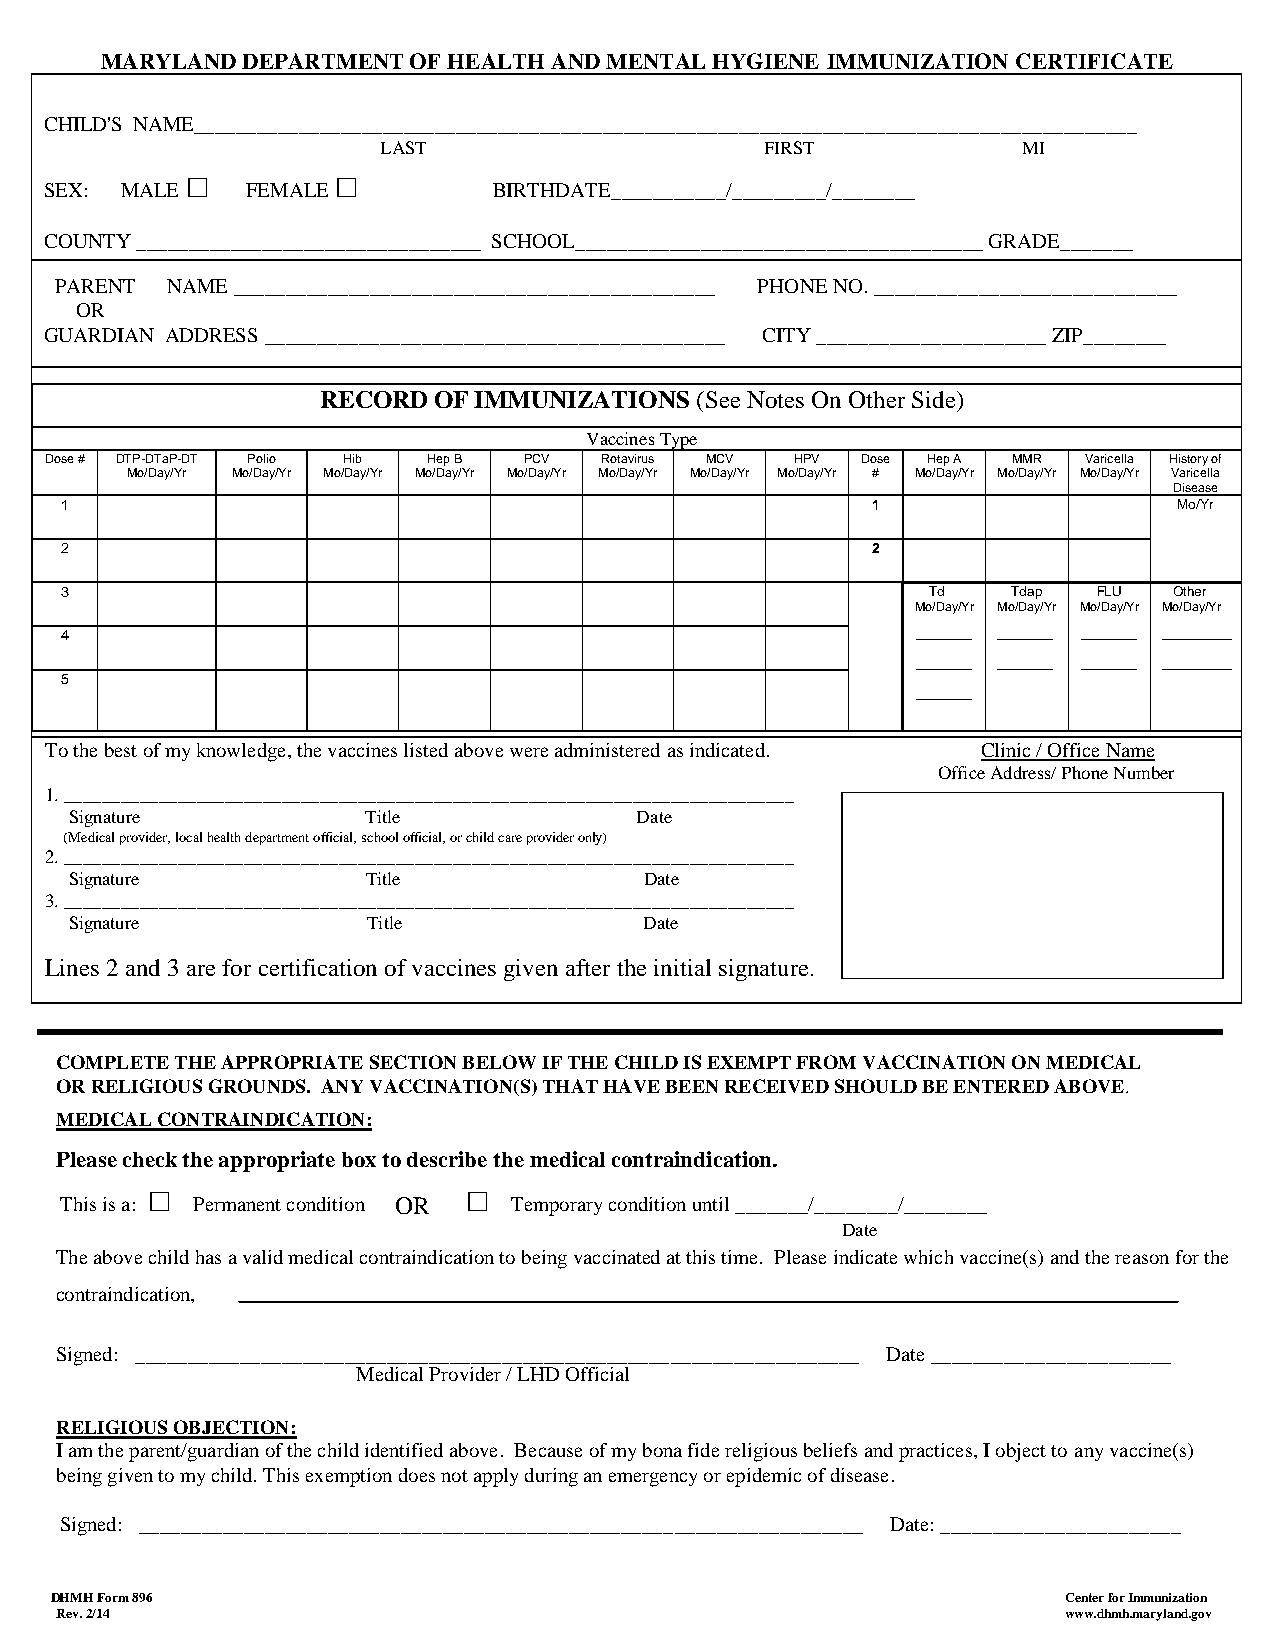
MARYLAND DEPARTMENT OF HEALTH AND MENTAL HYGIENE IMMUNIZATION CERTIFICATE
 CHILD'S NAME__________________________________________________________________________________________
 LAST                      FIRST            MI
 □         □
 SEX: MALE    FEMALE           BIRTHDATE___________/_________/________
 COUNTY _________________________________ SCHOOL_______________________________________ GRADE_______
 PARENT NAME ______________________________________________ PHONE NO. _____________________________
 OR
 GUARDIAN ADDRESS ____________________________________________ CITY ______________________ ZIP________
 RECORD  OF IMMUNIZATIONS (See Notes On Other Side)
 Vaccines Type
 Dose # DTP-DTaP-DT Polio Hib Hep B PCV Rotavirus MCV HPV Dose Hep A MMR Varicella History of
 Mo/Day/Yr Mo/Day/Yr Mo/Day/Yr Mo/Day/Yr Mo/Day/Yr Mo/Day/Yr Mo/Day/Yr Mo/Day/Yr # Mo/Day/Yr Mo/Day/Yr Mo/Day/Yr Varicella
 Disease
 1                                                     1                   Mo/Yr
 2                                                     2
 3                                                         Td   Tdap  FLU  Other
 Mo/Day/Yr Mo/Day/Yr Mo/Day/Yr Mo/Day/Yr
 ____ ____  ____ _____
 4
 ____ ____  ____ _____
 5                                                        ____
 To the best of my knowledge, the vaccines listed above were administered as indicated. Clinic / Office Name
 Office Address/ Phone Number
 1. _____________________________________________________________________________
 Signature          Title             Date
 (Medical provider, local health department official, school official, or child care provider only)
 2. _____________________________________________________________________________
 Signature          Title              Date
 3. _____________________________________________________________________________
 Signature          Title              Date
 Lines 2 and 3 are for certification of vaccines given after the initial signature.
 COMPLETE THE APPROPRIATE SECTION BELOW IF THE CHILD IS EXEMPT FROM VACCINATION ON MEDICAL
 OR RELIGIOUS GROUNDS. ANY VACCINATION(S) THAT HAVE BEEN RECEIVED SHOULD BE ENTERED ABOVE.
 MEDICAL CONTRAINDICATION:
 Please check the appropriate box to describe the medical contraindication.
 □                    □
 This is a: Permanent condition O R Temporary condition until _______/________/________
 Date
 The above child has a valid medical contraindication to being vaccinated at this time. Please indicate which vaccine(s) and the reason for the
 contraindication,
 Signed: _____________________________________________________________________ Date _______________________
 Medical Provider / LHD Official
 RELIGIOUS OBJECTION:
 I am the parent/guardian of the child identified above. Because of my bona fide religious beliefs and practices, I object to any vaccine(s)
 being given to my child. This exemption does not apply during an emergency or epidemic of disease.
 Signed: _____________________________________________________________________ Date: _______________________
 DHMH Form 896                                                       Center for Immunization
 Rev. 2/14                                                          www.dhmh.maryland.gov